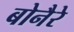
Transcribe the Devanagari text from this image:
बोनैरे